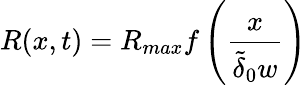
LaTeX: R(x,t)=R_{max}f\left(\frac{x}{\widetilde{\delta}_{0}w}\right)